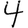
Digit: 4